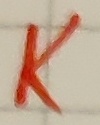
Text: K